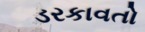
ડરકાવતો